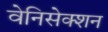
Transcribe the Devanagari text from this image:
वेनिसेक्शन